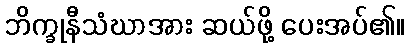
ဘိက္ခုနီသံဃာအား ဆယ်ဖို့ ပေးအပ်၏။